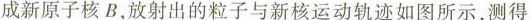
成新原子核B，放射出的粒子与新核运动轨迹如图所示，测得